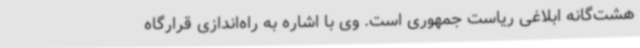
هشت‌گانه ابلاغی ریاست جمهوری است. وی با اشاره به راه‌اندازی قرارگاه